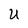
Character: U